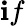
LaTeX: \mathbf{i}f